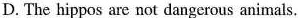
D. The hippos are not dangerous animals.